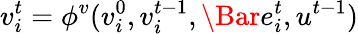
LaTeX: v_{i}^{t}=\phi^{v}(v_{i}^{0},v_{i}^{t-1},\Bar{e}_{i}^{t},u^{t-1})